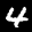
Label: 4